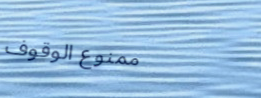
ممنوع الوقوف